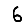
Digit: 6